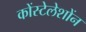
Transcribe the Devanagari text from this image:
कोंस्टेलेशोंन